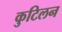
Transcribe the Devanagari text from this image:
कुटिलन